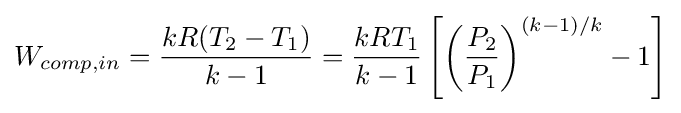
W_{comp,in}={\frac {kR(T_{2}-T_{1})}{k-1}}={\frac {kRT_{1}}{k-1}}\left[\left({\frac {P_{2}}{P_{1}}}\right)^{(k-1)/k}-1\right]